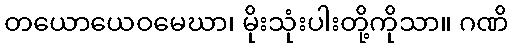
တယောယေဝမေဃာ၊ မိုးသုံးပါးတို့ကိုသာ။ ဂဏိ